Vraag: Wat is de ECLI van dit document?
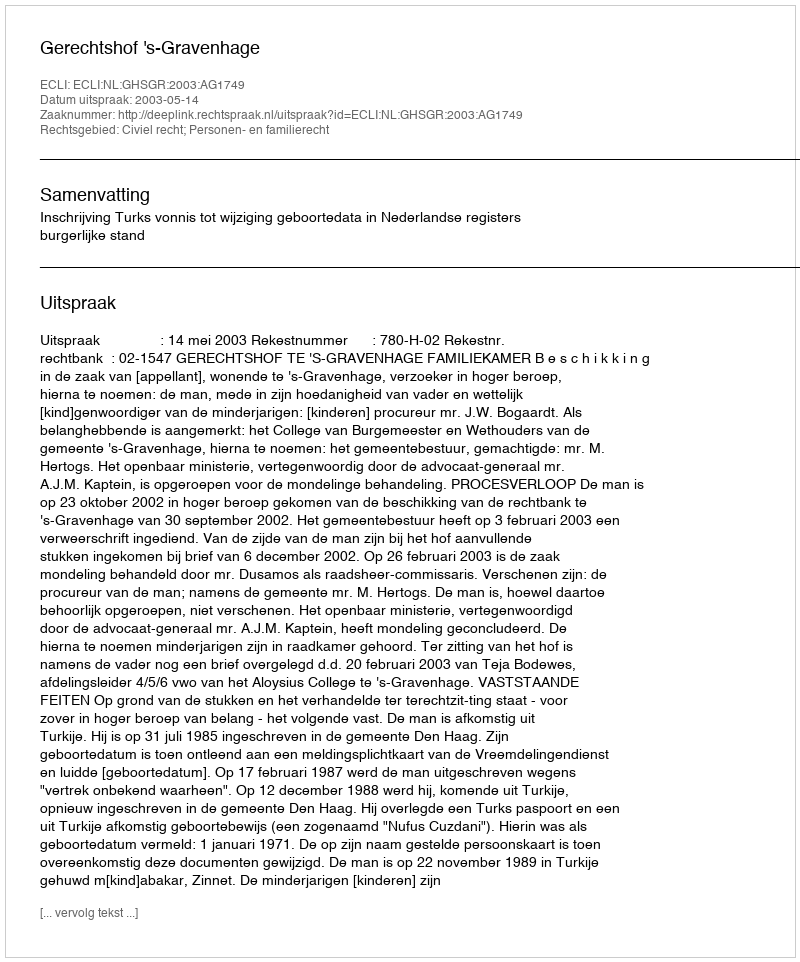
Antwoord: ECLI:NL:GHSGR:2003:AG1749